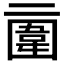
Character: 𠄿